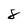
Character: 8